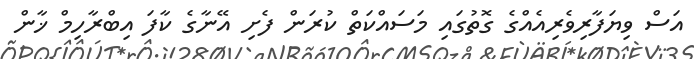
އަސް ވިޔަފާރިވެރިއެއްގެ ގޮތުގައި މަސައްކަތް ކުރަން ފެށި އޭނާގެ ކާފަ އިބްރާހިމް ޚާން